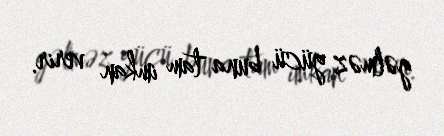
gəlməz gücü buna tam imkan verir.